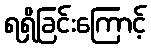
ရရှိခြင်းကြောင့်